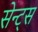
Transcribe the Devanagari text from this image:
सेन्ट्स